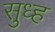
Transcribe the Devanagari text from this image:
सुध्ह